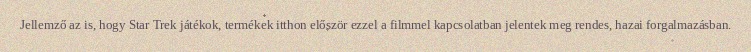
Jellemző az is, hogy Star Trek játékok, termékek itthon először ezzel a filmmel kapcsolatban jelentek meg rendes, hazai forgalmazásban.